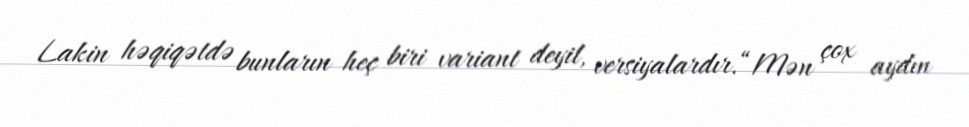
Lakin həqiqətdə bunların heç biri variant deyil, versiyalardır.“Mən çox aydın